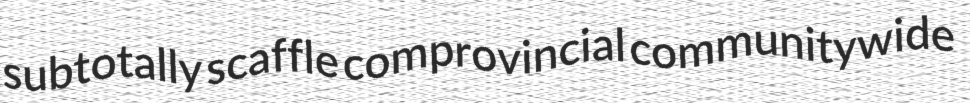
subtotally scaffle comprovincial communitywide